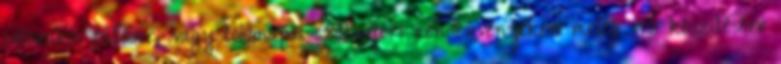
időszakos fűtésre, vagy többnapos szabadtéri rendezvényeken meleg víz készítésére